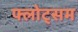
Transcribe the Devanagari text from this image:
फ्लोट्सम